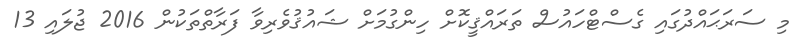
މި ސަރަޙައްދުގައި ގެސްޓްހައުސް ތަރައްޤީކޮށް ހިންގުމަށް ޝައުޤުވެރިވާ ފަރާތްތަކުން 2016 ޖުލައި 13